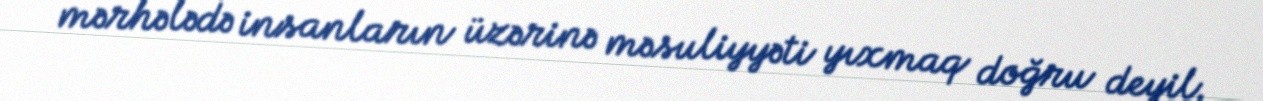
mərhələdə insanların üzərinə məsuliyyəti yıxmaq doğru deyil.